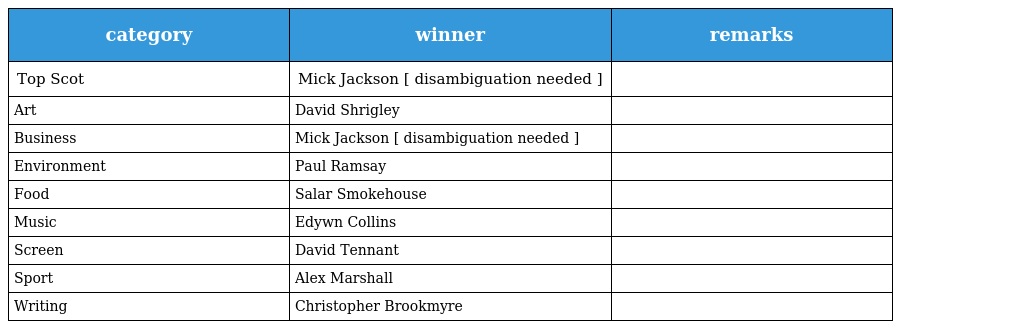
| category | winner | remarks |
 | --- | --- | --- |
 | Top Scot | Mick Jackson [ disambiguation needed ] |  |
 | Art | David Shrigley |  |
 | Business | Mick Jackson [ disambiguation needed ] |  |
 | Environment | Paul Ramsay |  |
 | Food | Salar Smokehouse |  |
 | Music | Edywn Collins |  |
 | Screen | David Tennant |  |
 | Sport | Alex Marshall |  |
 | Writing | Christopher Brookmyre |  |